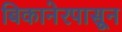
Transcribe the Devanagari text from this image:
बिकानेरपासून